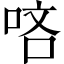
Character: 𠳺